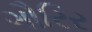
ગૌરિર